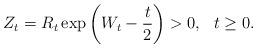
LaTeX: \begin{align*}Z_{t}=R_{t}\exp \left( W_{t}-\frac{t}{2}\right)>0,\ \ t\geq 0.\end{align*}